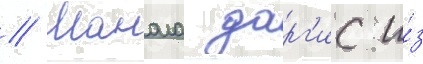
// Манола дарг'ис и́з